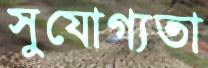
সুযোগ্যতা